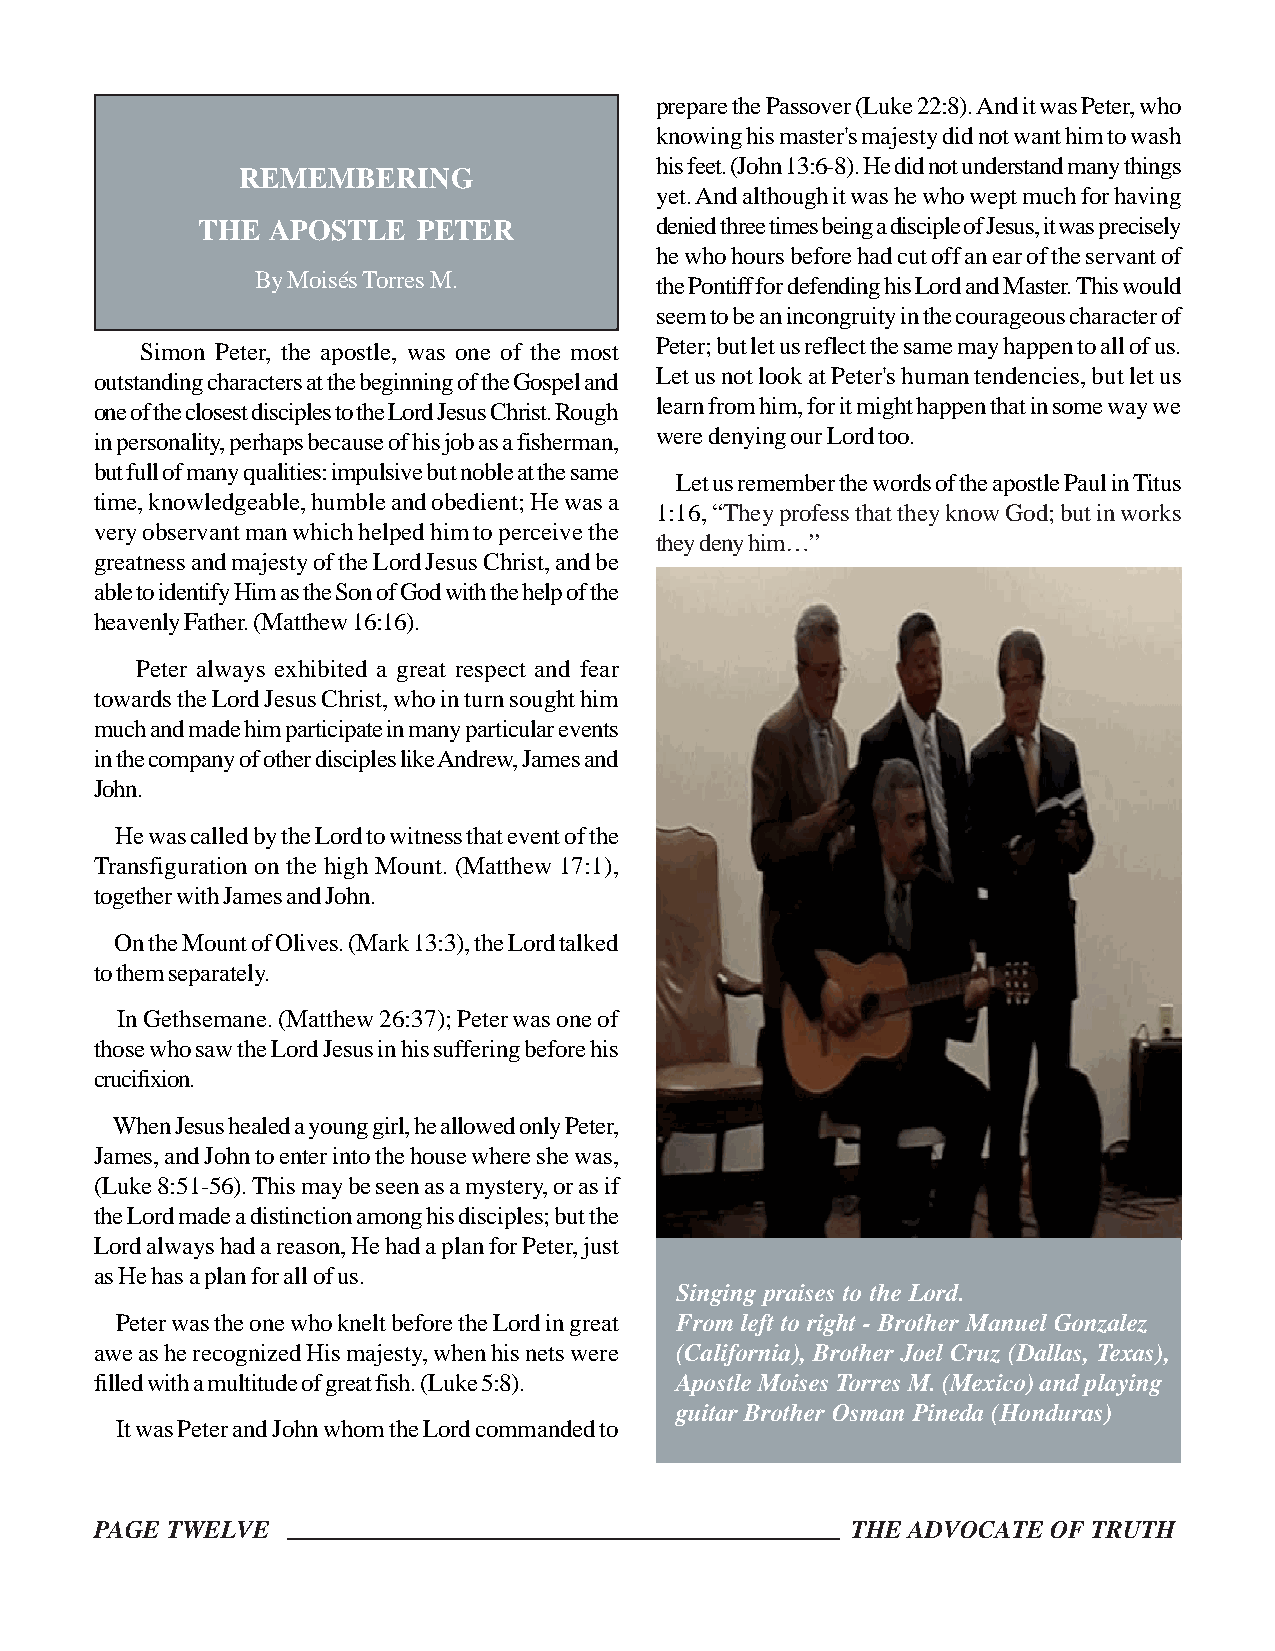
prepare the Passover (Luke 22:8). And it was Peter, who
 knowing his master's majesty did not want him to wash
 his feet. (John 13:6-8). He did not understand many things
 REMEMBERING
 yet. And although it was he who wept much for having
 THE  APOSTLE   PETER          denied three times being a disciple of Jesus, it was precisely
 he who hours before had cut off an ear of the servant of
 By Moisés Torres M.       the Pontiff for defending his Lord and Master. This would
 seem to be an incongruity in the courageous character of
 Simon Peter, the apostle, was one of the most Peter; but let us reflect the same may happen to all of us.
 Let us not look at Peter's human tendencies, but let us
 outstanding characters at the beginning of the Gospel and
 learn from him, for it might happen that in some way we
 one of the closest disciples to the Lord Jesus Christ. Rough
 in personality, perhaps because of his job as a fisherman, were denying our Lord too.
 but full of many qualities: impulsive but noble at the same
 Let us remember the words of the apostle Paul in Titus
 time, knowledgeable, humble and obedient; He was a
 1:16, “They profess that they know God; but in works
 very observant man which helped him to perceive the
 they deny him…”
 greatness and majesty of the Lord Jesus Christ, and be
 able to identify Him as the Son of God with the help of the
 heavenly Father. (Matthew 16:16).
 Peter always exhibited a great respect and fear
 towards the Lord Jesus Christ, who in turn sought him
 much and made him participate in many particular events
 in the company of other disciples like Andrew, James and
 John.
 He was called by the Lord to witness that event of the
 Transfiguration on the high Mount. (Matthew 17:1),
 together with James and John.
 On the Mount of Olives. (Mark 13:3), the Lord talked
 to them separately.
 In Gethsemane. (Matthew 26:37); Peter was one of
 those who saw the Lord Jesus in his suffering before his
 crucifixion.
 When Jesus healed a young girl, he allowed only Peter,
 James, and John to enter into the house where she was,
 (Luke 8:51-56). This may be seen as a mystery, or as if
 the Lord made a distinction among his disciples; but the
 Lord always had a reason, He had a plan for Peter, just
 as He has a plan for all of us.
 Singing praises to the Lord.
 Peter was the one who knelt before the Lord in great From left to right - Brother Manuel Gonzalez
 awe as he recognized His majesty, when his nets were (California), Brother Joel Cruz (Dallas, Texas),
 filled with a multitude of great fish. (Luke 5:8). Apostle Moises Torres M. (Mexico) and playing
 guitar Brother Osman Pineda (Honduras)
 It was Peter and John whom the Lord commanded to
 PAGE TWELVE                                       THE ADVOCATE  OF TRUTH